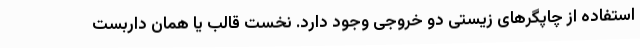
استفاده از چاپگرهای زیستی دو خروجی وجود دارد. نخست قالب یا همان داربست